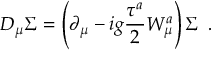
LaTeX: D _ { \mu } \Sigma = \left( \partial _ { \mu } - i g \frac { \tau ^ { a } } { 2 } W _ { \mu } ^ { a } \right) \Sigma \, \, \, .